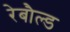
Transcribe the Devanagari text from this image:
रेबौल्ड